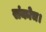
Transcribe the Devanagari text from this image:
संकोच।